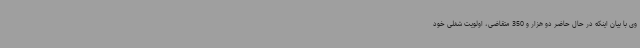
وی با بیان اینکه در حال حاضر دو هزار و 350 متقاضی، اولویت شغلی خود